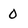
Character: 0